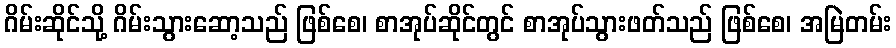
ဂိမ်းဆိုင်သို့ ဂိမ်းသွားဆော့သည် ဖြစ်စေ၊ စာအုပ်ဆိုင်တွင် စာအုပ်သွားဖတ်သည် ဖြစ်စေ၊ အမြဲတမ်း